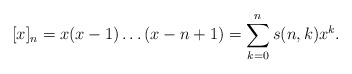
\begin{align*} [x]_n = x(x-1) \dots (x-n+1) = \sum_{k=0}^{n} s(n, k) x^k.\end{align*}